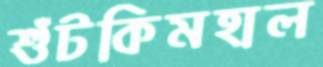
শুঁটকিমহাল